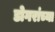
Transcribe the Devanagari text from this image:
डोगरांच्या